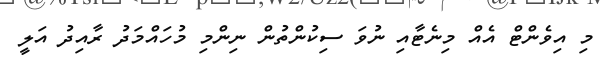
މި އިވެންޓް އެއް މިނެޓާއި ނުވަ ސިކުންތުން ނިންމި މުހައްމަދު ރާއިދު އަލީ